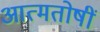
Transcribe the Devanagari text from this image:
आत्मतोषीं